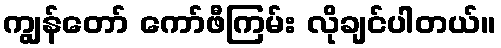
ကျွန်တော် ကော်ဖီကြမ်း လိုချင်ပါတယ်။